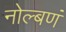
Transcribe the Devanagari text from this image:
नोल्बणं